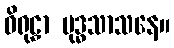
ဝိရုဠှာ ဗုဒ္ဓသာသနေ။